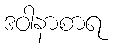
ဒဝါနာစာရ